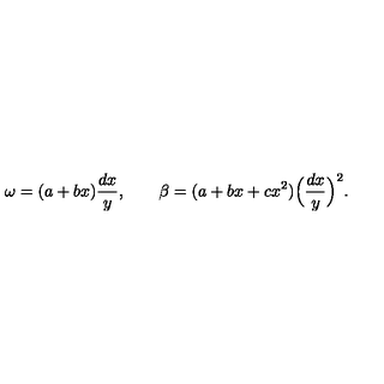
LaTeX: \omega = ( a + b x ) \frac { d x } { y } , \qquad \beta = ( a + b x + c x ^ { 2 } ) \Big ( \frac { d x } { y } \Big ) ^ { 2 } .